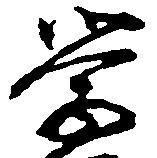
学